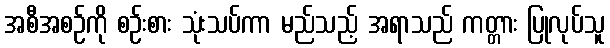
အစီအစဉ်ကို စဉ်းစား သုံးသပ်ကာ မည်သည့် အရာသည် ကတ္တား ပြုလုပ်သူ